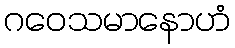
ဂဝေသမာနောဟံ